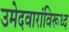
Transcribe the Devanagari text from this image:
उमेदवारांविरूध्द